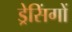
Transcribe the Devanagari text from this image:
ड्रेसिंगों